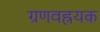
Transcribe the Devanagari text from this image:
ग्रणवह्रयक